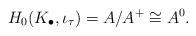
LaTeX: \begin{align*}H_0(K_\bullet, \iota_\tau) = A / A^+ \cong A^0.\end{align*}